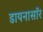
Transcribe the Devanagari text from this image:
डायनासॉर